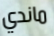
ماندي